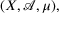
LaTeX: ( X , { \mathcal { A } } , \mu ) ,